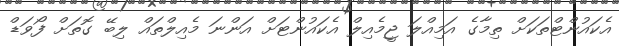
އެކައުންޓްތަކަށް ތިމާގެ އަމިއްލަ ޖީމެއިލް އެކައުންޓަށް އަންނަ މެއިލްތައް ލިބޭ ގޮތަށް ފޯވަޑް